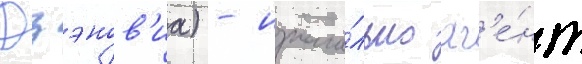
Дзэнов'иа) - изнача́льно аг'е́нт